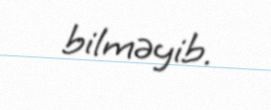
bilməyib.